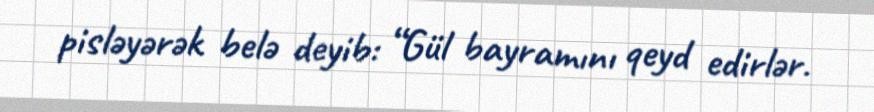
pisləyərək belə deyib: “Gül bayramını qeyd edirlər.